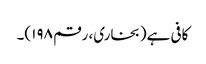
کافی ہے(بخاری، رقم ۱۹۸)۔